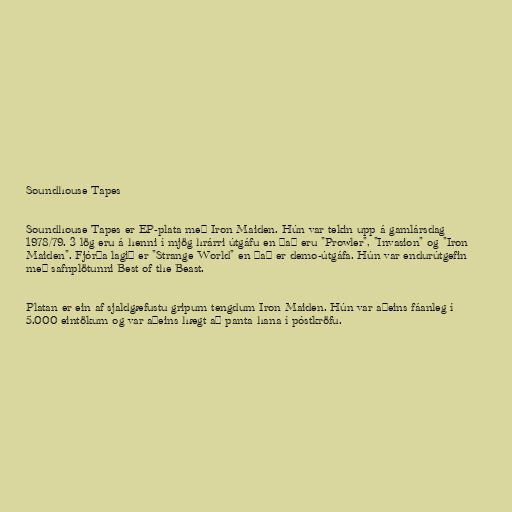
Soundhouse Tapes

Soundhouse Tapes er EP-plata með Iron Maiden. Hún var tekin upp á gamlársdag
1978/79. 3 lög eru á henni í mjög hrárri útgáfu en það eru "Prowler", "Invasion" og "Iron
Maiden". Fjórða lagið er "Strange World" en það er demo-útgáfa. Hún var endurútgefin
með safnplötunni Best of the Beast.

Platan er ein af sjaldgæfustu gripum tengdum Iron Maiden. Hún var aðeins fáanleg í
5.000 eintökum og var aðeins hægt að panta hana í póstkröfu.